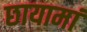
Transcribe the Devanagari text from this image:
छायामां